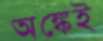
অঙ্কেই